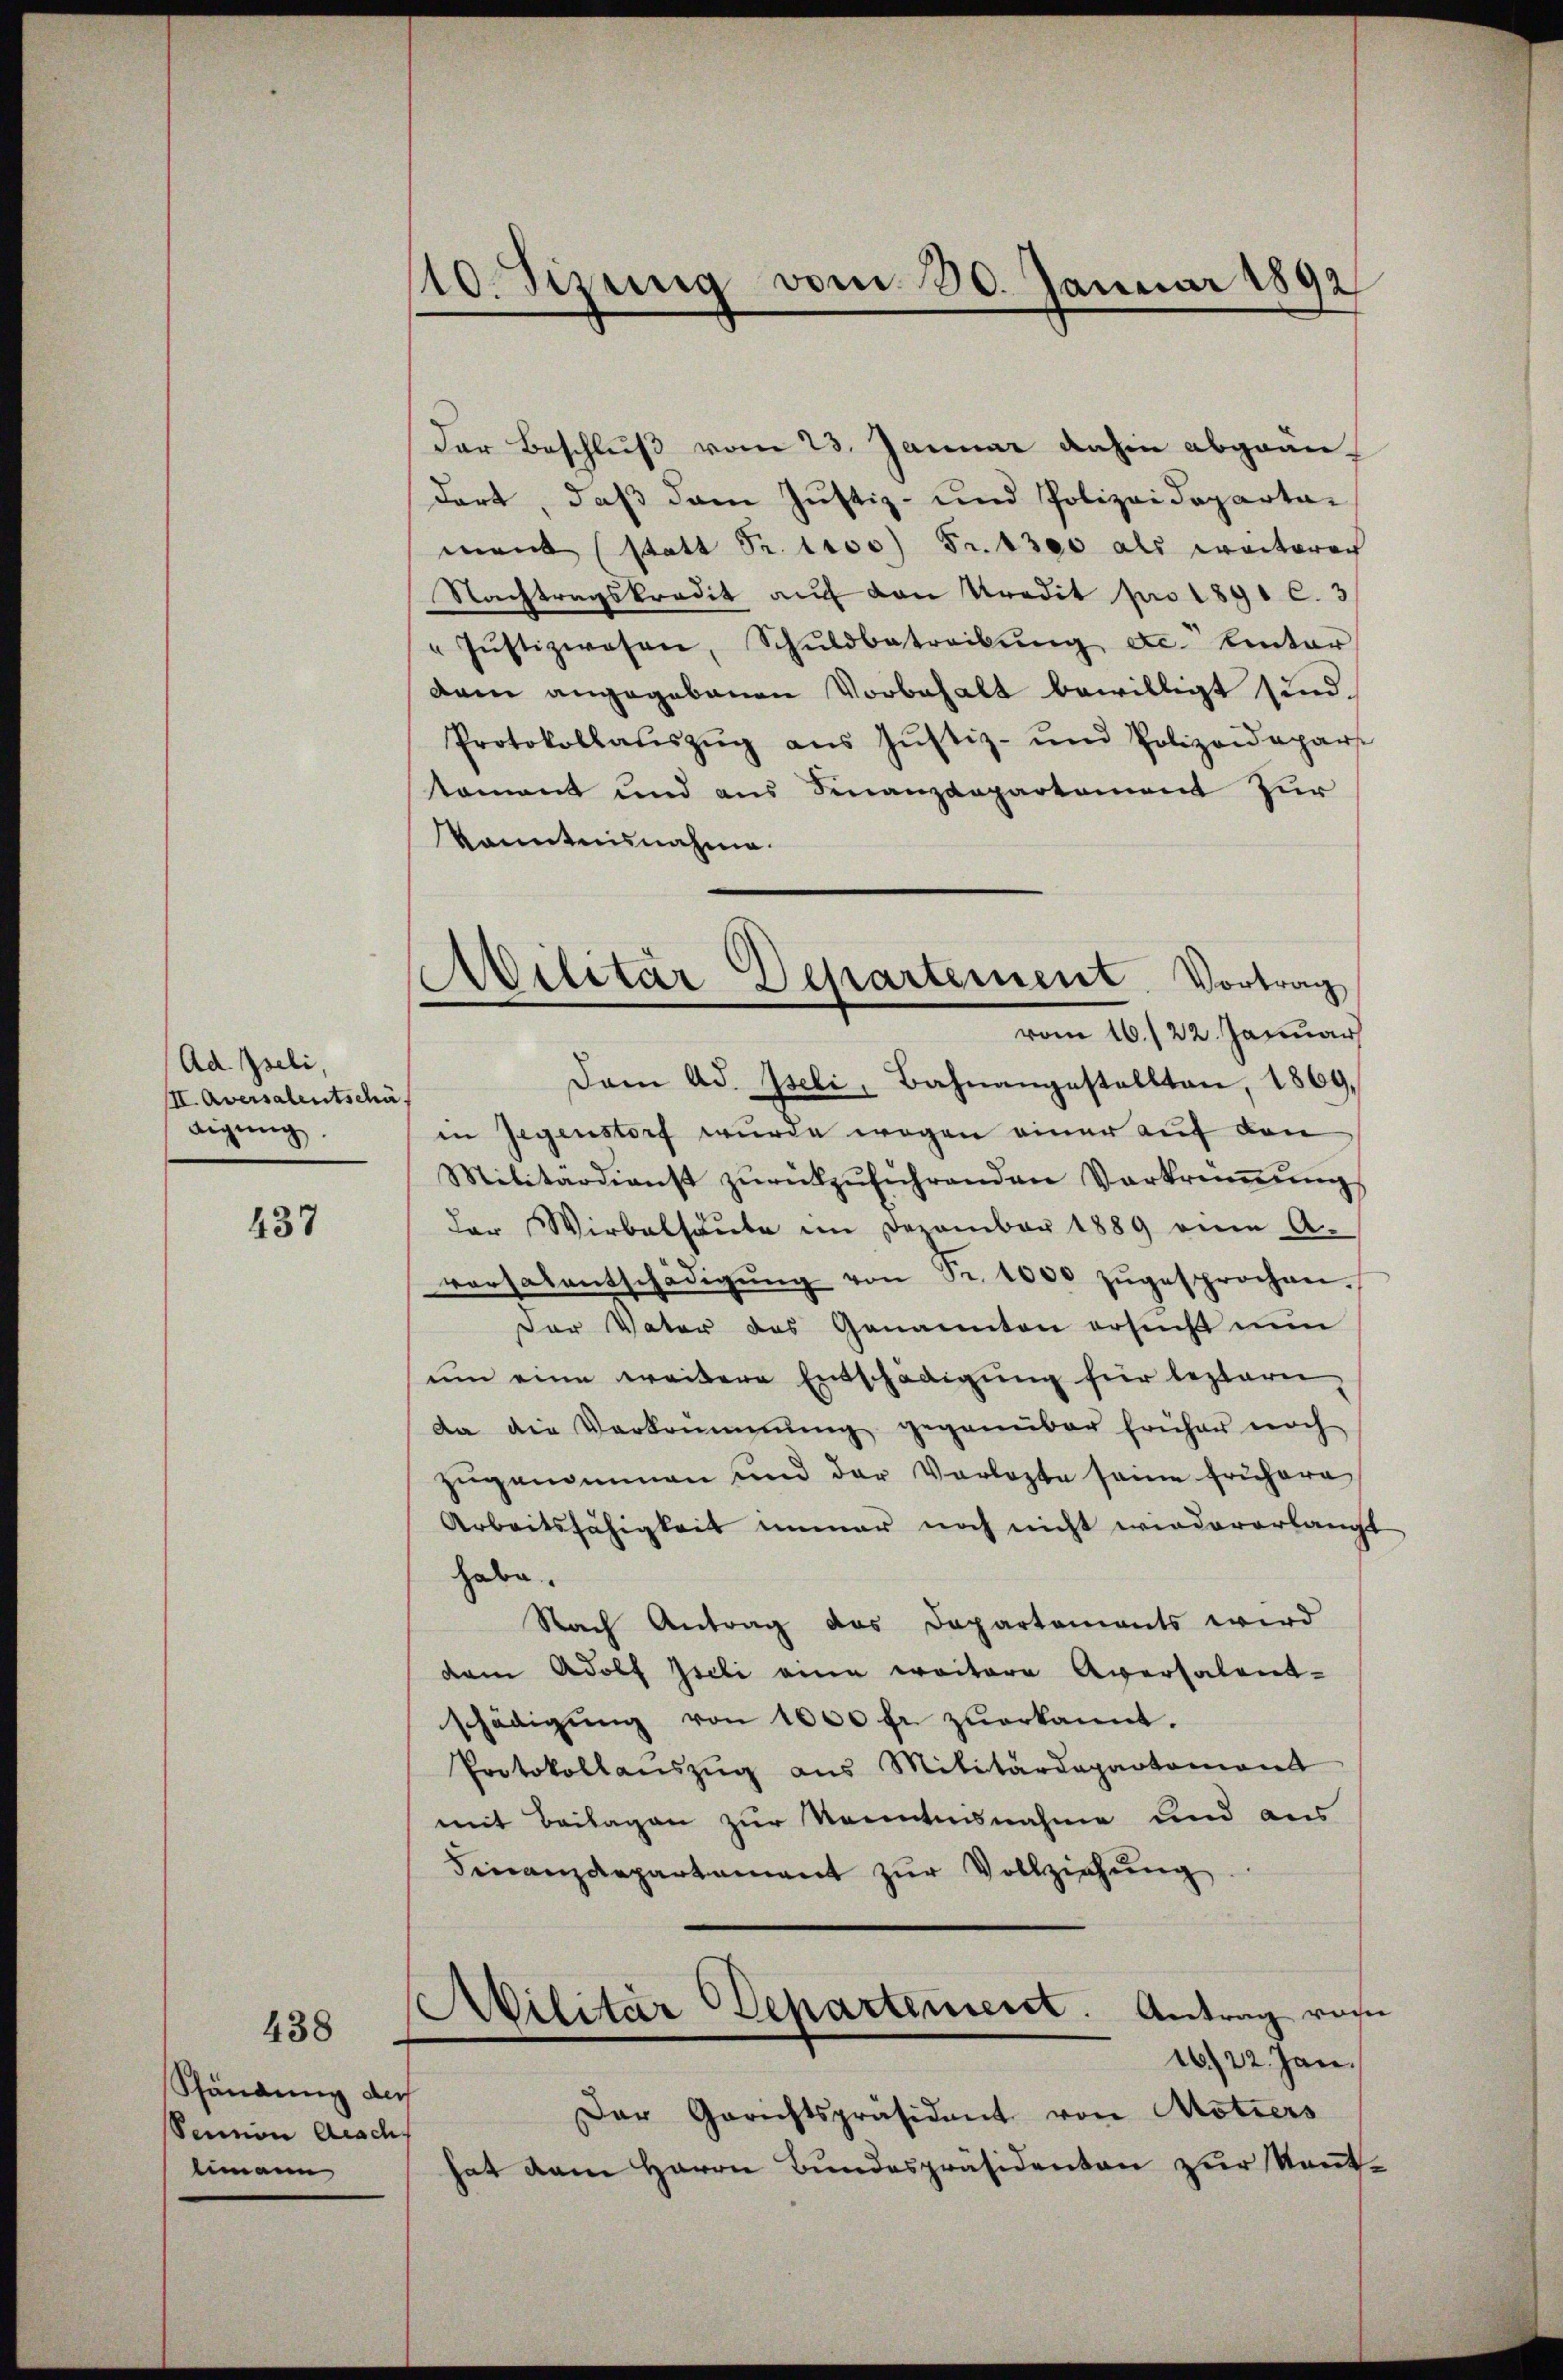
Ad Iseli
III. Aversalentschä
digŭng.

437

Ständung der
Senion Aesch
limann

438

110. Sizung vom 30. Januar 1892

Militär Departement. Vortrag
vom 16./22. Januar

Der Beschluß vom 23. Januar dahin abgean-
dert, daß dem Justiz- und Polizeidepartai
ment (statt Fr. tros) Fr. 1300 als weiterech
Nachtragskredit auf den Kredit pro 1891 c. 3
" Jŭstizwesen, Schŭldbetreibŭng etc. inter
dam angegebenen Vorbehalt bewilligt sind.
Protokollaŭszŭg aŭs Jŭstiz- und Polizeidepar-
toment und aus Sinanzdepartement für
kanntnisnahme.
Dam Ad. Iseli, Bahnangestellten, 1869,
in Gegenstorf wurde wegen einer auf den
Militärdienst zŭrückzŭführenden Verkrümŭng
der Wirbelhäute im Dezember 1889 eine A-
versalentschädigŭng von Fr. 1000 zŭgesprochen.
Der Vater das Genannten ersucht nun
um eine weitere Entschädigung für leztern
Da die Vorkommnŭng gegenüber früher noch
zŭgenommen und der Vorlegte seine frühere
Arbeitsfähigkeit immer noch nicht wiedererlangt
habe.
Nach Antrag des Departements wird
dem Adolf Zieli eine weitere Aversalent-
schädigŭng von 1000 fl zuerkannt.
Protokollanszŭg aŭs Militärdepartemont
mit Beilagen zur Kenntnisnahme und aus
Finanzdepartement zur Vollziehung
Militär Departement. Antrag von
16/22. Jan.
Der Gerichtspräsident von Motiers
hat dem Herrn Bundespräsidenten zur Keṅt-